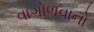
વાગોળવાનો